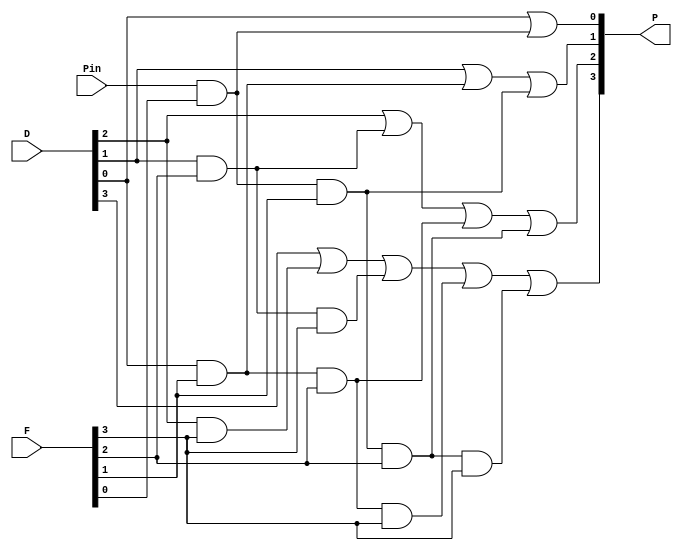
module FCU (
	input Pin,
	input [3:0] D,F,
	output [3:0] P
);

assign P[0]=D[0]||(Pin&F[0]);
assign P[1]=D[1]||(D[0]&F[1])||(Pin&F[0]&F[1]);
assign P[2]=D[2]||(D[1]&F[2])||(D[0]&F[1]&F[2])||(Pin&F[0]&F[1]&F[2]);
assign P[3]=D[3]||(D[2]&F[3])||(D[1]&F[2]&F[3])||(D[0]&F[1]&F[2]&F[3])||(Pin&F[0]&F[1]&F[2]&F[3]);

endmodule